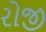
રોજી